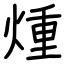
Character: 煄